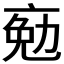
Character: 𠅦